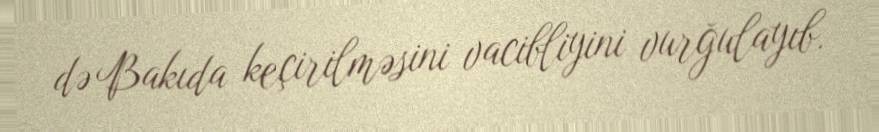
də Bakıda keçirilməsini vacibliyini vurğulayıb.